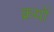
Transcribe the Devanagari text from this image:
क्रयों